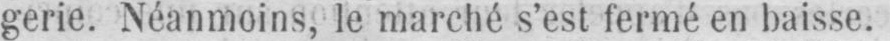
gerie. Néanmoins, le marché s’est fermé en baisse.